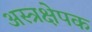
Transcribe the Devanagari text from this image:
अस्त्रक्षेपक